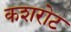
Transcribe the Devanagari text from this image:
कशरोट